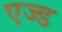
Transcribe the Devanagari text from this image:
एज्ड